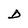
Character: D